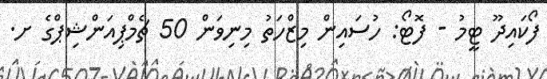
ފޯކައިދޫ ޓީމު - ފޮޓޯ: ހުސައިން މިޒްހަތު މިނިވަން 50 ޗެމްޕިއަންޝިޕްގެ ށ.